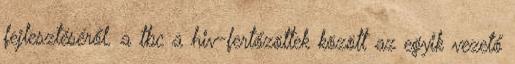
fejlesztéséről. a tbc a hiv-fertőzöttek között az egyik vezető